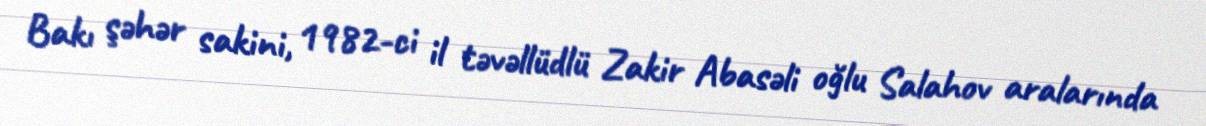
Bakı şəhər sakini, 1982-ci il təvəllüdlü Zakir Abasəli oğlu Salahov aralarında